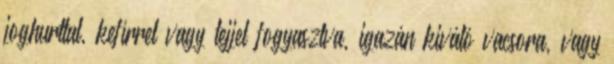
joghurttal, kefírrel vagy tejjel fogyasztva, igazán kiváló vacsora, vagy